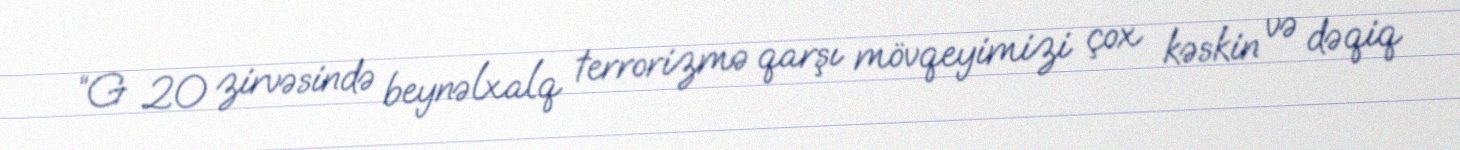
“G 20 zirvəsində beynəlxalq terrorizmə qarşı mövqeyimizi çox kəskin və dəqiq